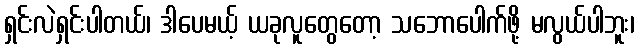
ရှင်းလဲရှင်းပါတယ်၊ ဒါပေမယ့် ယခုလူတွေတော့ သဘောပေါက်ဖို့ မလွယ်ပါဘူး၊